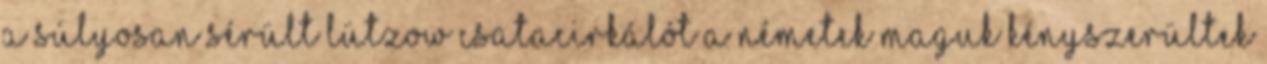
a súlyosan sérült Lützow csatacirkálót a németek maguk kényszerültek